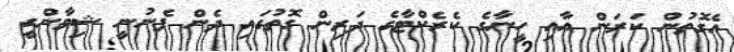
އެގޮތުން ކަރަން އާއި ހީނާގެ ކެރެކްޓާގެ ދަރިން ގޮތުގައި ދެން ފެނުނީ ޝިވާންގީ